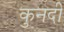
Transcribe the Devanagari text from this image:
कुनदी